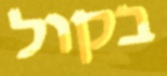
בקול